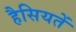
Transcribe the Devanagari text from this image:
हैसियतें